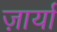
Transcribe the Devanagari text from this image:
ज़ार्या